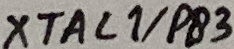
Text: XTAL1/PB3